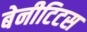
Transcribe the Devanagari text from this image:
बेनीटिटस